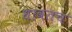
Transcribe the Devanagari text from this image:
धावतच